Indian journal of veterinary science and animal husbandry - Volume 2,
Year: 1932
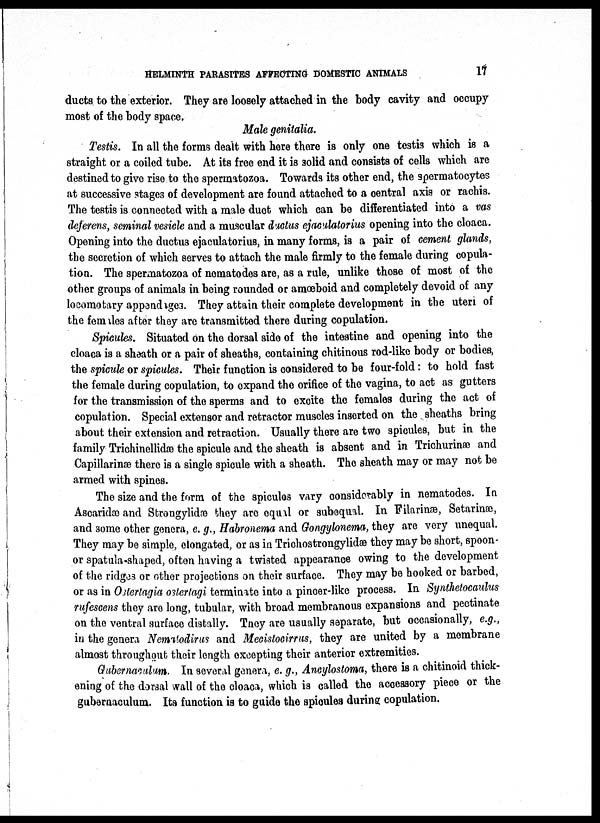
HELMINTH PARASITES AFFECTING DOMESTIC ANIMALS
17
ducts to the exterior. They are loosely attached in the body cavity and occupy
most of the body space.
Male genitalia.
Testis. In all the forms dealt with here there is only one testis which is a
straight or a coiled tube. At its free end it is solid and consists of cells which are
destined to give rise to the spermatozoa. Towards its other end, the spermatocytes
at successive stages of development are found attached to a central axis or rachis.
The testis is connected with a male duct which can be differentiated into a vas
deferens, seminal vesicle and a muscular ductus ejaculatorius opening into the cloaca.
Opening into the ductus ejaculatorius, in many forms, is a pair of cement glands,
the secretion of which serves to attach the male firmly to the female during copula¬
tion. The spermatozoa of nematodes are, as a rule, unlike those of most of the
other groups of animals in being rounded or amœboid and completely devoid of any
locomotary appendages. They attain their complete development in the uteri of
the females after they are transmitted there during copulation.
Spicules. Situated on the dorsal side of the intestine and opening into the
cloaca is a sheath or a pair of sheaths, containing chitinous rod-like body or bodies,
the spicule or spicules. Their function is considered to be four-fold: to hold fast
the female during copulation, to expand the orifice of the vagina, to act as gutters
for the transmission of the sperms and to excite the females during the act of
copulation. Special extensor and retractor muscles inserted on the sheaths bring
about their extension and retraction. Usually there are two spicules, but in the
family Trichinellidæ the spicule and the sheath is absent and in Trichurinæ and
Capillarinæ there is a single spicule with a sheath. The sheath may or may not be
armed with spines.
The size and the form of the spicules vary considerably in nematodes. In
Ascaridæ and Strongylidæ they are equal or subequal. In Filarinæ, Setarinæ,
and some other genera, e. g., Habronema and Gongylonema, they are very unequal.
They may be simple, elongated, or as in Trichostrongylidæ they may be short, spoon¬
or spatula-shaped, often having a twisted appearance owing to the development
of the ridges or other projections on their surface. They may be hooked or barbed,
or as in Osterlagia ostertagi terminate into a pincer-like process. In Synthetocaulus
rufescens they are long, tubular, with broad membranous expansions and pectinate
on the ventral surface distally. They are usually separate, but occasionally, e.g.,
in the genera Nematodirus and Mecistocirrus, they are united by a membrane
almost throughout their length excepting their anterior extremities.
Gubernaculum. In several genera, e. g., Ancylostoma, there is a chitinoid thick-
ening of the dorsal wall of the cloaca, which is called the accessory piece or the
gubernaculum. Its function is to guide the spicules during copulation.